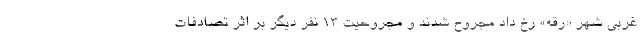
غربی شهر «رقه» رخ داد مجروح شدند و مجروحیت ۱۳ نفر دیگر بر اثر تصادفات